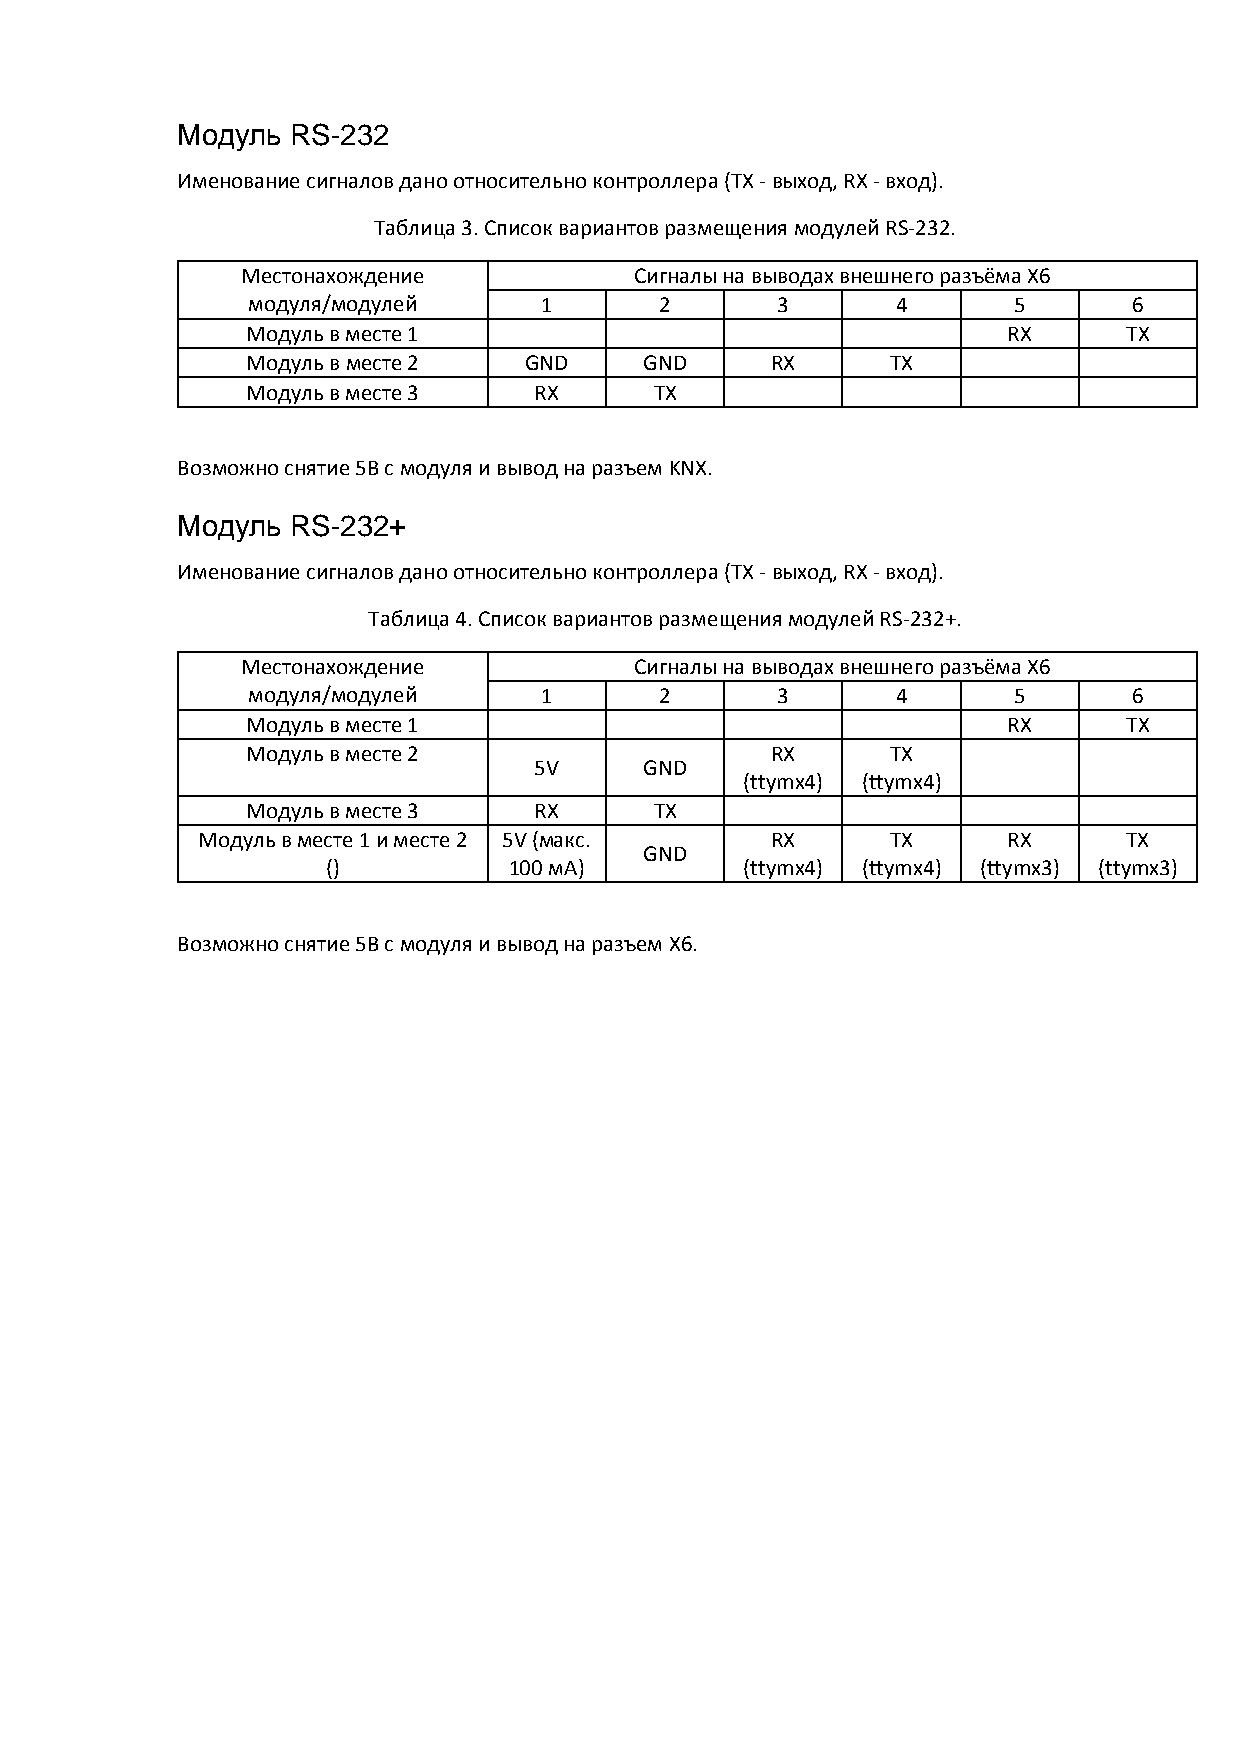
Модуль RS-232
 Именование сигналов дано относительно контроллера (TX - выход, RX - вход).
 Таблица 3. Список вариантов размещения модулей RS-232.
 Местонахождение           Сигналы на выводах внешнего разъёма X6
 модуля/модулей      1       2      3       4       5       6
 Модуль в месте 1                                   RX      TX
 Модуль в месте 2   GND     GND     RX      TX
 Модуль в месте 3   RX      TX
 Возможно снятие 5В с модуля и вывод на разъем KNX.
 Модуль RS-232+
 Именование сигналов дано относительно контроллера (TX - выход, RX - вход).
 Таблица 4. Список вариантов размещения модулей RS-232+.
 Местонахождение           Сигналы на выводах внешнего разъёма X6
 модуля/модулей      1       2      3       4       5       6
 Модуль в месте 1                                   RX      TX
 Модуль в месте 2                   RX      TX
 5V      GND
 (ttymx4) (ttymx4)
 Модуль в месте 3   RX      TX
 Модуль в месте 1 и месте 2 5V (макс.  RX      TX      RX      TX
 GND
 ()          100 мА)        (ttymx4) (ttymx4) (ttymx3) (ttymx3)
 Возможно снятие 5В с модуля и вывод на разъем X6.